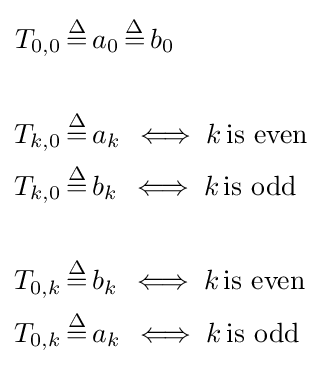
{\begin{aligned}T_{0,0}\,{\overset {\Delta }{=}}&\,a_{0}\,{\overset {\Delta }{=}}\,b_{0}\\\\T_{k,0}\,{\overset {\Delta }{=}}&\,a_{k}\,\iff k\,{\text{is even}}\\T_{k,0}\,{\overset {\Delta }{=}}&\,b_{k}\,\iff k\,{\text{is odd}}\\\\T_{0,k}\,{\overset {\Delta }{=}}&\,b_{k}\,\iff k\,{\text{is even}}\\T_{0,k}\,{\overset {\Delta }{=}}&\,a_{k}\,\iff k\,{\text{is odd}}\\\end{aligned}}